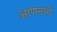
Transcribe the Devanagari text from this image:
आणनारी